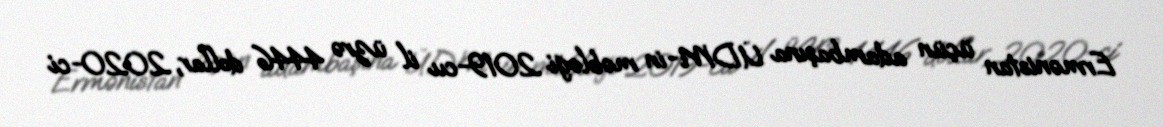
Ermənistan üçün adambaşına ÜDM-in məbləği 2019-cu il üzrə 4446 dollar, 2020-ci